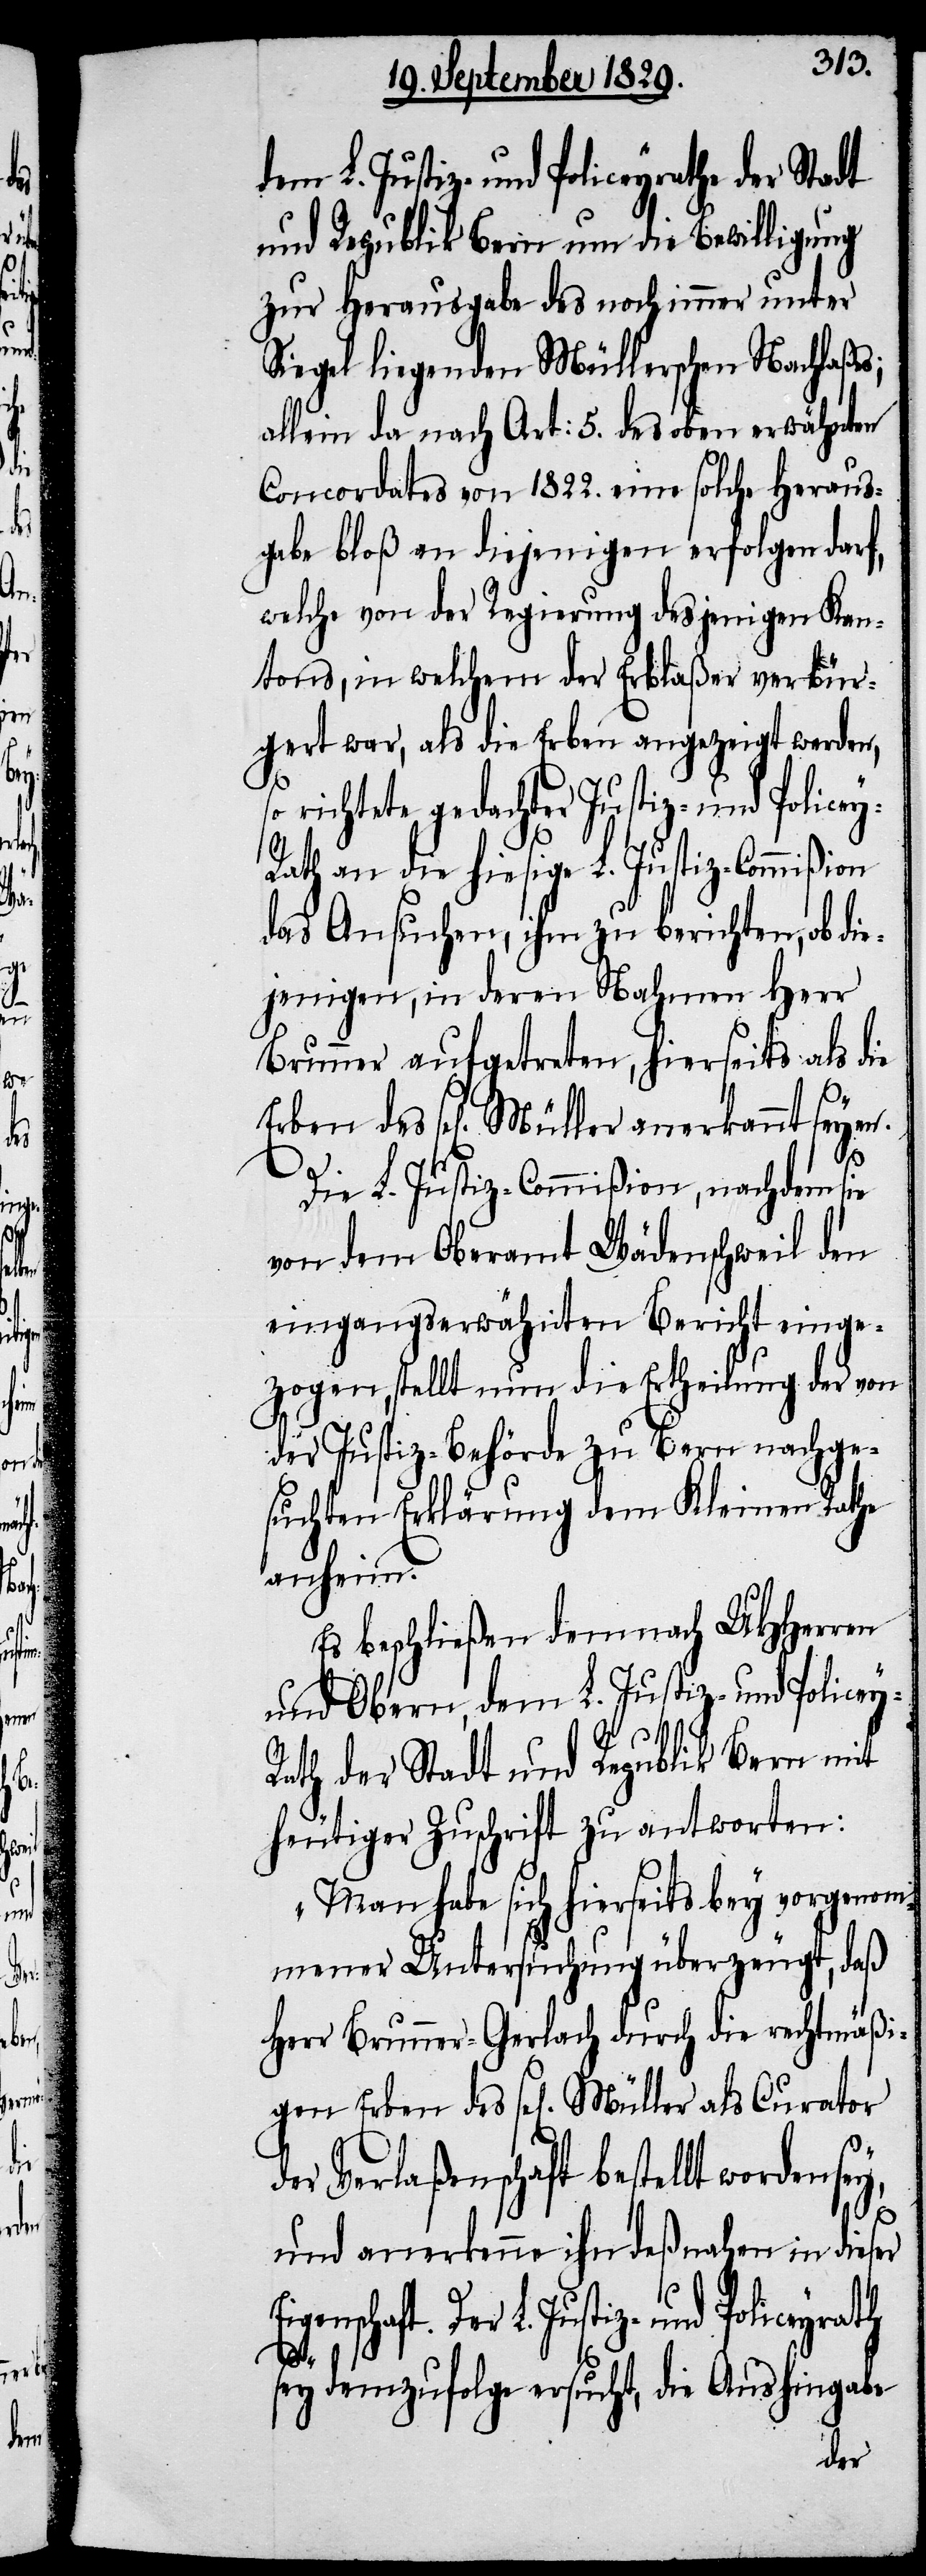
sey,
als
d¬

dem L. Justiz- und Policeyrathe der Stadt
und Republik Bern um Bewilligung
zur Herausgabe des noch immer unter
Siegel liegenden Müllerschen Nachlaßes;
allein da nach Art: 5. des oben erwähnten
Concordates von 1822. eine solche Heraus¬
gabe bloß an diejenigen erfolgen darf,
welche von der Regierung desjenigen Kan¬
tons, in welchem der Erblaßer verbür¬
gert war, als die Erben angezeigt werden,
th an die hiesige L. Justiz-Commißion
das Ansuchen, ihm zu berichten, ob di¬
ejenigen, in deren Nahmen Herr
Brunner aufgetreten, hierseits als die
Die L. Justiz-Commißion, nachdem sie
von dem Oberamt Wädenschweil den
eingangserwähnten Bericht einge¬
zogen, stellt nun die Ertheilung der von
der Justiz-Behörde zu Bern nachge¬
suchten Erklärung dem Kleinen Rathe
anheim.
Es beschließen demnach UHHerren
und Obern, dem L. Justiz- und Police¬
ath der Stadt und Republik Bern mit
heutiger Zuschrift zu antworten:
„Man habe sich hierseits bey vorgenom¬
mener Untersuchung überzeugt, daß
Herr Brunner-Gerlach durch die rechtmäßi¬
er Verlaßenschaft bestellt worden
und anerkenne ihn deßnahen in dieser
Der L. Justiz- und Policeyrath
sey demzufolge ersucht, die Aushingabe